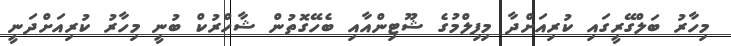
މިހާރު ބަލްގޭރީގައި ކުރިއަށްދާ މިފިލްމުގެ ޝޫޓިންއާއި ބެހޭގޮތުން ޝާހްރުކް ބުނީ މިހާރު ކުރިއަށްދަނީ